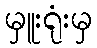
မှူးရုံးမှ